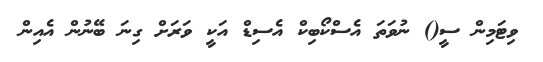
ވިޓަމިން ސީ() ނުވަތަ އެސްކޯބިކް އެސިޑް އަކީ ވަރަށް ގިނަ ބޭނުން އެއިން